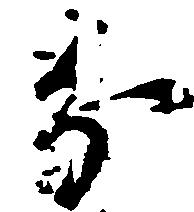
分